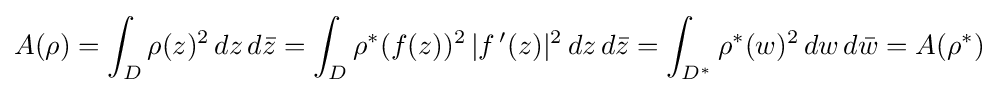
A(\rho )=\int _{D}\rho (z)^{2}\,dz\,d{\bar {z}}=\int _{D}\rho ^{*}(f(z))^{2}\,|f\,'(z)|^{2}\,dz\,d{\bar {z}}=\int _{D^{*}}\rho ^{*}(w)^{2}\,dw\,d{\bar {w}}=A(\rho ^{*})